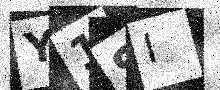
Text: Y1SI